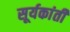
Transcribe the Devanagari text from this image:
सूर्यकांती